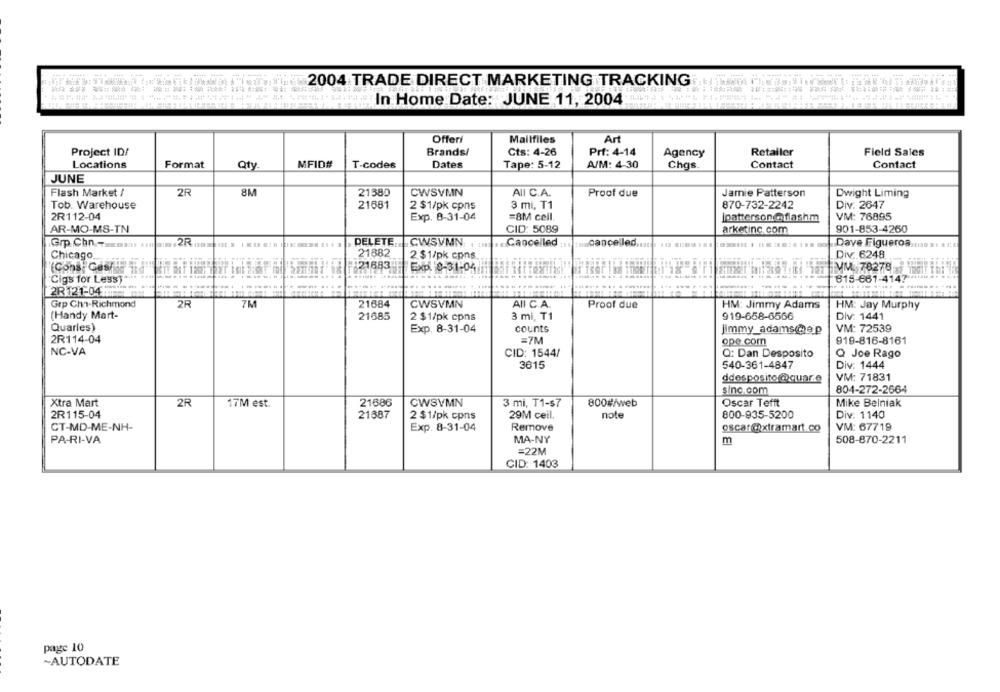
2004 TRADE DIRECT MARKETING TRACKING
In Home Date: JUNE 11, 2004
Offeri
Mailfiles
Art
Project ID!
Brands/
Cts: 4-26
Prf: 4-14
Retailer
Field Sales
Agency
Locations
Format
Qty
MFID#
T-codes
Dates
Tape: 5-12
A/M: 4-30
Chgs.
Contact
Contact
JUNE
Flash Market /
2R
8M
21380
CWSVMN
AII C.A.
Proof due
Jamie Patterson
Dwight Liming
Tob. Warehouse
21681
2 $1/pk cpns
3 mi, T1
870-732-2242
Div. 2647
2R112-04
Exp. 8-31-04
=8M cell.
jpatterson@ flashm
VM: 76895
AR-MO-MS-TN
CID: 5089
arketinc. com
901-853-4260
DELETE CWSVMN
Cancelled
Grp.Chr. -**** 100 12R -
.cancelled.
Dave Figueroa.
Chicago
21882
2.$1/pk cpns
Div. 6248
21683"
Exp. 8-31-04
VM. 78278
"Cigs for Less) *** ***
615-661-4147
2R121-0411
Grp Ch1-Richmond
2R
7M
21684
CWSVMN
AII C.A.
Proof due
HM: Jimmy Adams
HM: Jay Murphy
(Handy Mart-
21685
2 $1/pk cpns
3 mi, T1
919-658-6566
Div: 1441
Quarles)
Exp. 8-31-04
counts
Jimmy_adams@ap
VM: 72539
2R114-04
=7M
ope.com
919-816-8161
NC-VA
CID: 1544/
Q: Dan Desposito
Q Joe Rago
3615
540-361-4847
Div. 1444
ddesposito@quar.e
VM: 71831
sinc.com
804-272-2664
Xtra Mart
21686
CWSVMN
Oscar Tefft
Mike Belniak
2R
17M est.
3 mi, T1-$7
800#/web
2R115-04
21887
2 $1/pk cpns
29M ceil.
note
800-935-5200
Div: 1140
CT-MD-ME-NH-
Exp. 8-31-04
Remove
oscar@xtramart.co
VM: 67719
PA-RI-VA
MA-NY
m
508-870-2211
=22M
CID: 1403
page 10
~AUTODATE